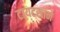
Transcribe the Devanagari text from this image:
टायटसाने